On kala azar, malaria and malarial cachexia - Number 19
Disease focus: Malaria
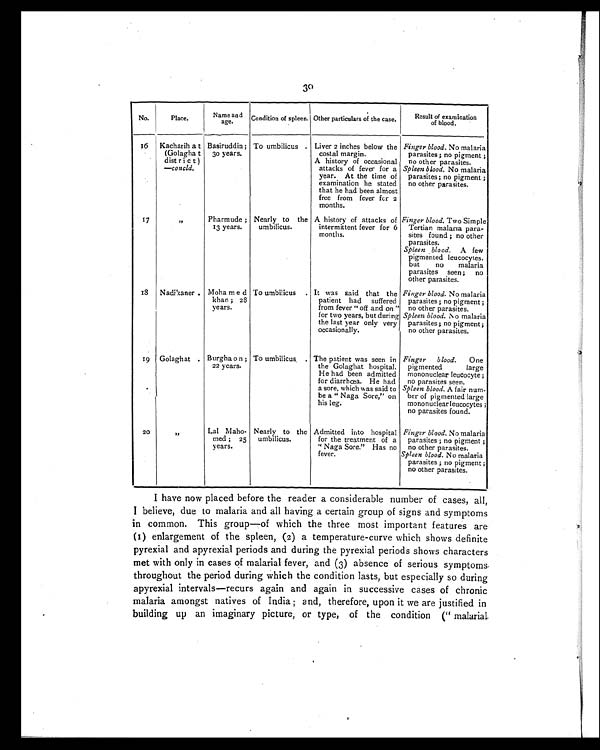
30
No.
Place.
Name and
age.
Condition of spleen. Other particulars of the case.
Result of examination
of blood.
1 6
Kacharih at
(Golagh at
district)
—concld.
Basiruddin ;
30 years.
To umbilicus . Liver 2 inches below the
costal margin.
A history of occasional
attacks of fever for a
year. At the time of
examination he stated
that he had been almost
free from fever for 2
months.
Finger blood. No malaria
parasites ; no pigment ;
no other parasites.
Spleen blood. No malaria
parasites; no pigment ;
no other parasites.
17
"
Pharmude ;
13 years.
Nearly to the
umbilicus.
A history of attacks of
intermittent fever for 6
months.
Finger blood. Two Simple
Tertian malaria para-
sites found ; no other
parasites.
Spleen blood.
A few
pigmented leucocytes,
but no malaria
parasites seen; no
other parasites.
13
Nadikaner . Moha med
khan ; 23
years.
To umbilicus . It was said that the
patient had suffered
from fever " off and on "
for two years, but during
the last year only very
occasionally.
Finger blood. No malaria
parasites ; no pigment ;
no other parasites.
Spleen blood. No malaria
parasites ; no pigment ;
no other parasites.
19 Golaghat . Burgha on ;
22 years.
To umbilicus . The patient was seen in
the Golaghat hospital.
He had been admitted
for diarrhœa. He had
a sore, which was said to
be a " Naga Sore," on
his leg.
Finger blood.
One
pigmented large
mononuclear leucocyte ;
no parasites seen.
Spleen blood. A fair num-
ber of pigmented large
mononuclear leucocytes ;
no parasites found.
2
"
Lal Maho-
med ; 25
years.
Nearly to the
umbilicus.
Admitted into hospital
for the treatment of a
" Naga Sore." Has no
fever.
Finger blood. No malaria
parasites ; no pigment ;
no other parasites.
Spleen blood. No malaria
parasites ; no pigment ;
no other parasites.
I have now placed before the reader a considerable number of cases, all,
I believe, due to malaria and all having a certain group of signs and symptoms
in common. This group—of which the three most important features are
(1) enlargement of the spleen, (2) a temperature-curve which shows definite
pyrexial and apyrexial periods and during the pyrexial periods shows characters
met with only in cases of malarial fever, and (3) absence of serious symptoms
throughout the period during which the condition lasts, but especially so during
apyrexial intervals—recurs again and again in successive cases of chronic
malaria amongst natives of India ; and, therefore, upon it we are justified in
building up an imaginary picture, or type, of the condition (" malarial.